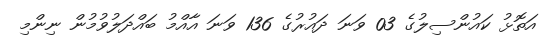
އަތޮޅު ކައުންސިލުގެ 03 ވަނަ ދައުރުގެ 136 ވަނަ އާއްމު ބައްދަލުވުމުން ނިންމި